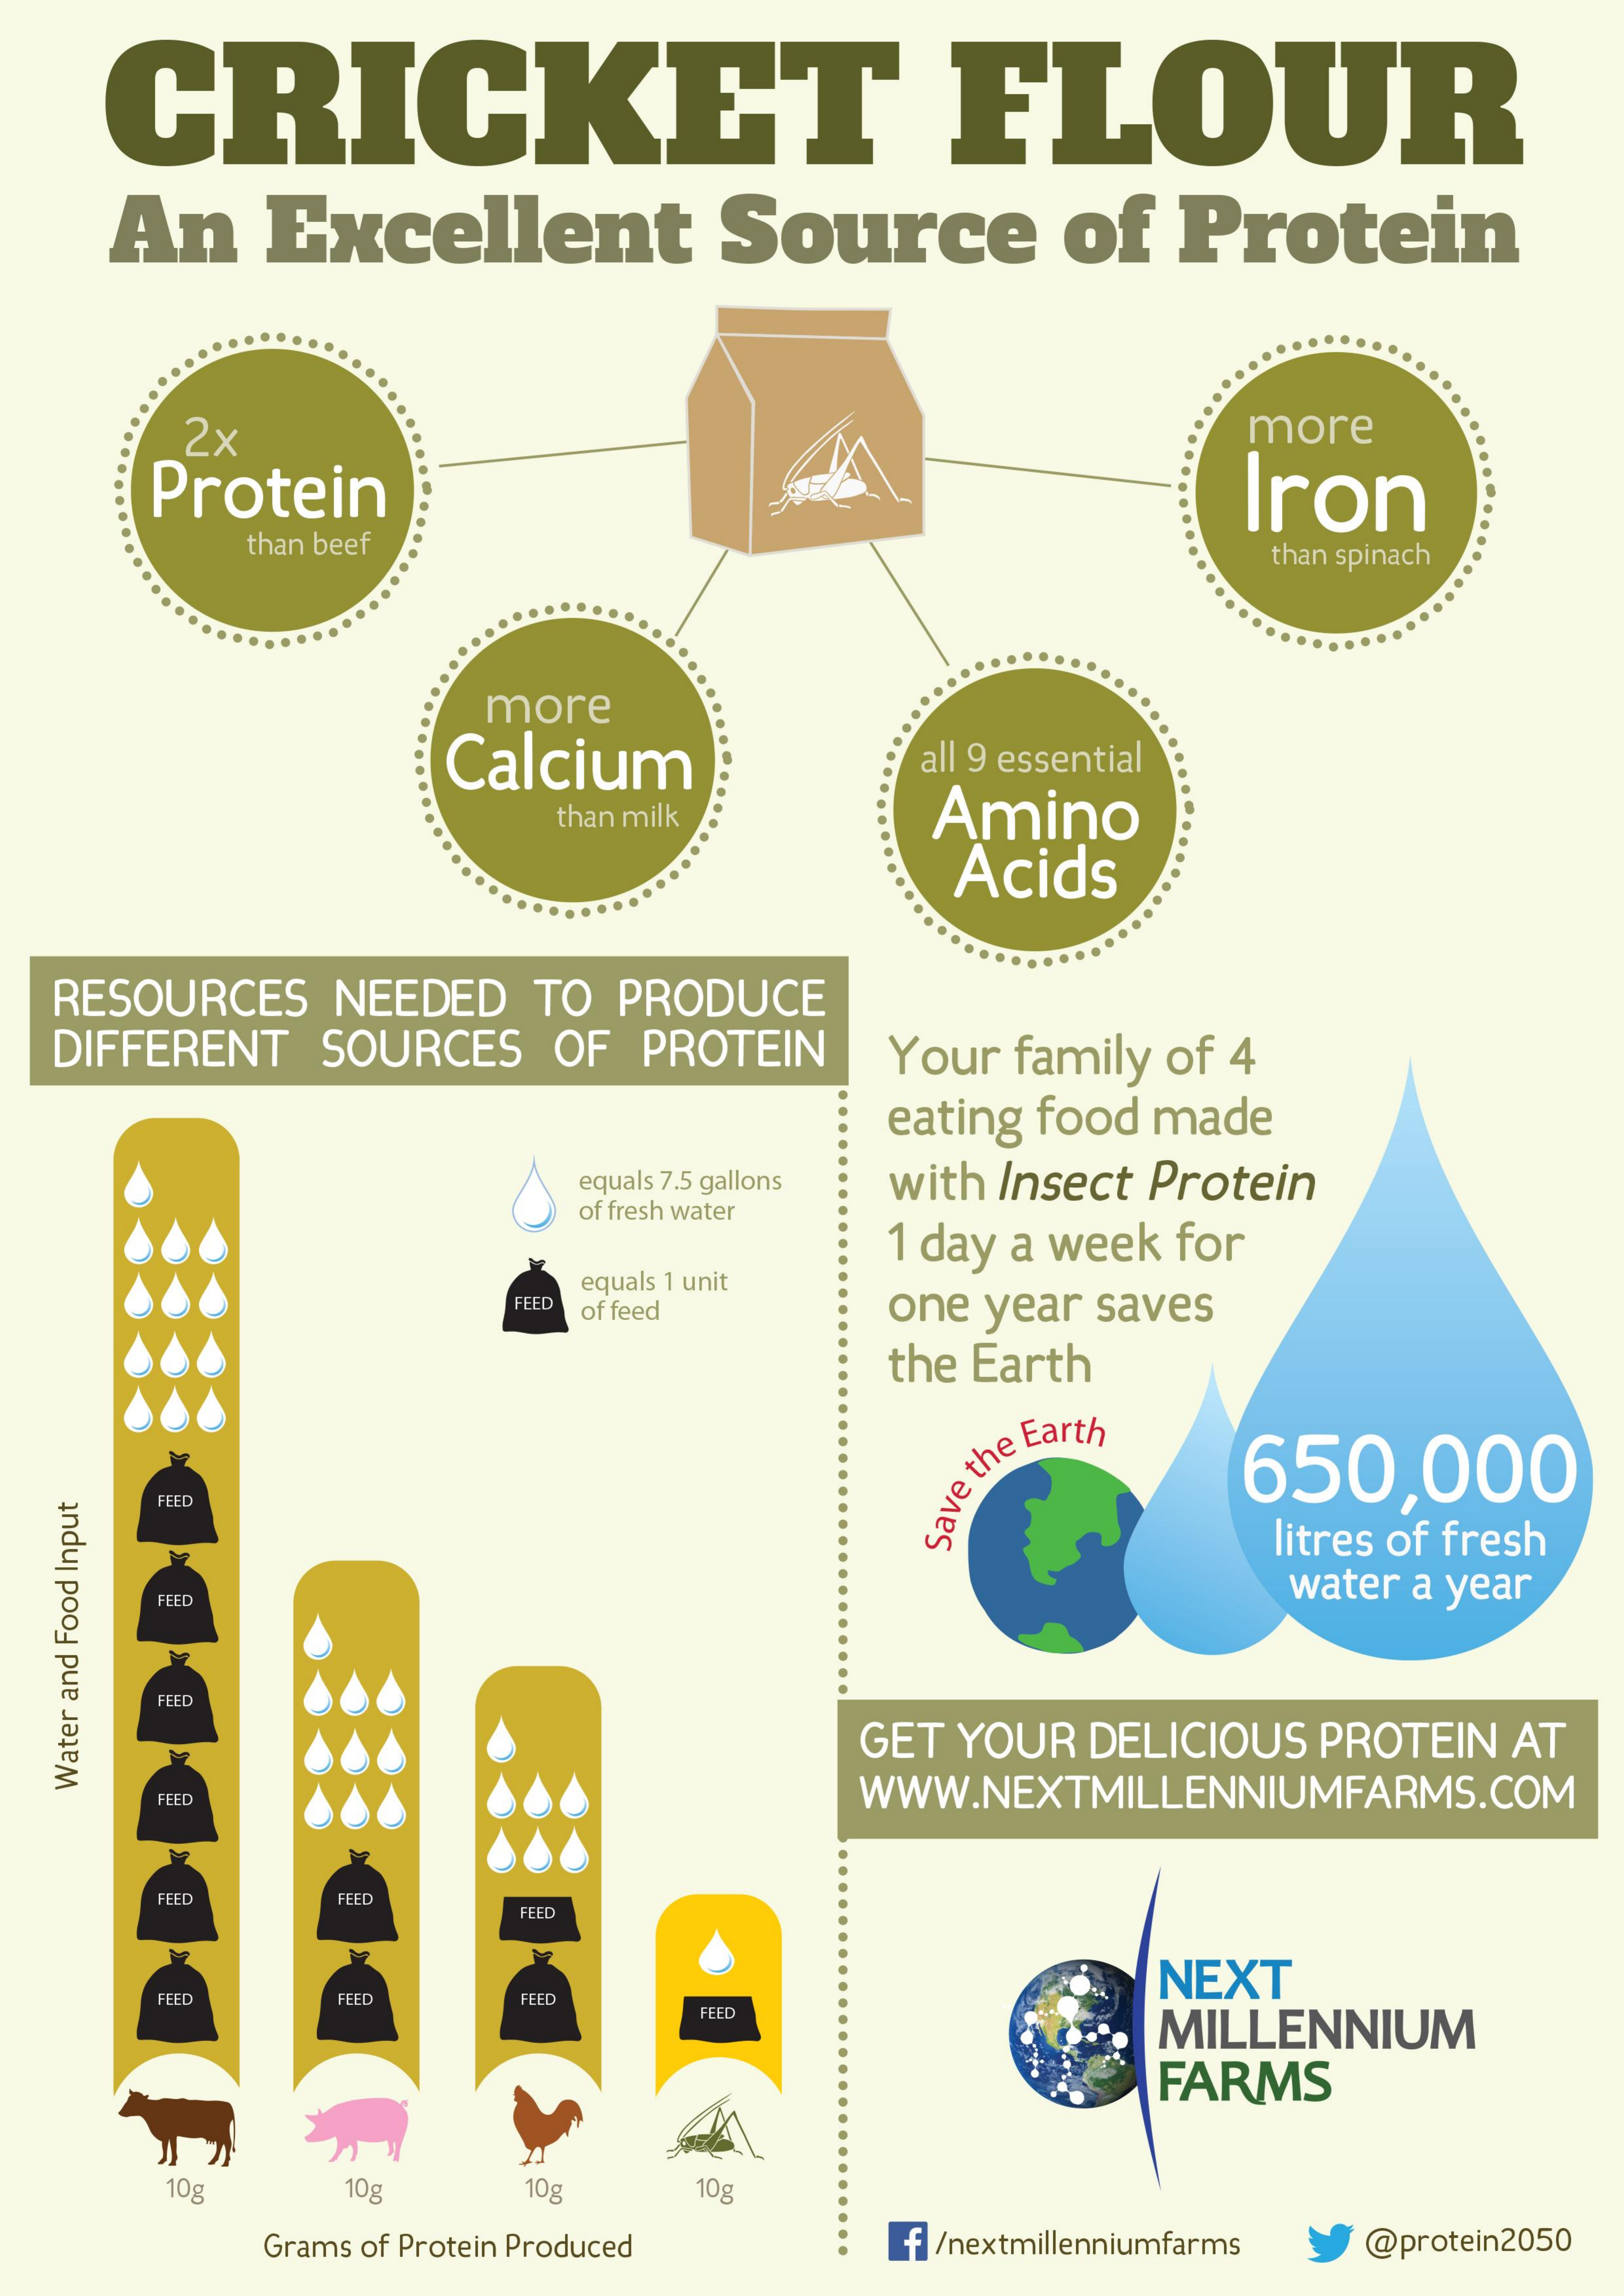
CRICKET    FLOUR
     An    Excellent    Source    of  Protein
     2x    more
     Protein    Iron
     than beef    than spinach
     more
     Calcium    all 9 essential
     than milk    Amino
     Acids
   RESOURCES  NEEDED   TO PRODUCE
   DIFFERENT  SOURCES  OF  PROTEIN    Your family of 4
     eating food made
     equals 7.5 gallons with Insect Protein
     of fresh water
     1 day a week for
     equals 1 unit
     FEED of feed    one year saves
     the Earth
     650,000
     FEED
     Save
     the Earth
     litres of fresh
     water a year
     FEED
     FEED
     GET YOUR DELICIOUS PROTEIN AT
     WWW.NEXTMILLENNIUMFARMS.COM
   Water
   and
   Food
   Input
     FEED
     FEED    FEED
     FEED
     NEXT
     FEED    FEED   FEED
     FEED
     MILLENNIUM
     FARMS
     10g    10g    10g    10g
     Grams of Protein Produced f /nextmillenniumfarms @protein2050